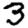
Digit: 3